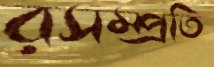
রসম্প্রতি